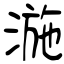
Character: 湤